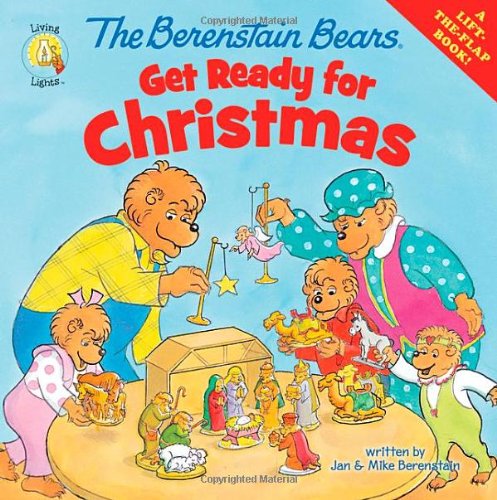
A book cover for The Berenstain Bears Get Ready for Christmas (Berenstain Bears/Living Lights); Jan Berenstain; Christian Books & Bibles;